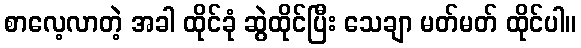
စာလေ့လာတဲ့ အခါ ထိုင်ခုံ ဆွဲထိုင်ပြီး သေချာ မတ်မတ် ထိုင်ပါ။